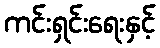
ကင်းရှင်းရေးနှင့်